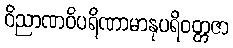
ဝိညာဏဝိပရိဏာမာနုပရိဝတ္တဇာ